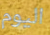
اليوم